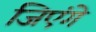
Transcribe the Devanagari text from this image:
जिएंगे